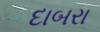
દાબરા